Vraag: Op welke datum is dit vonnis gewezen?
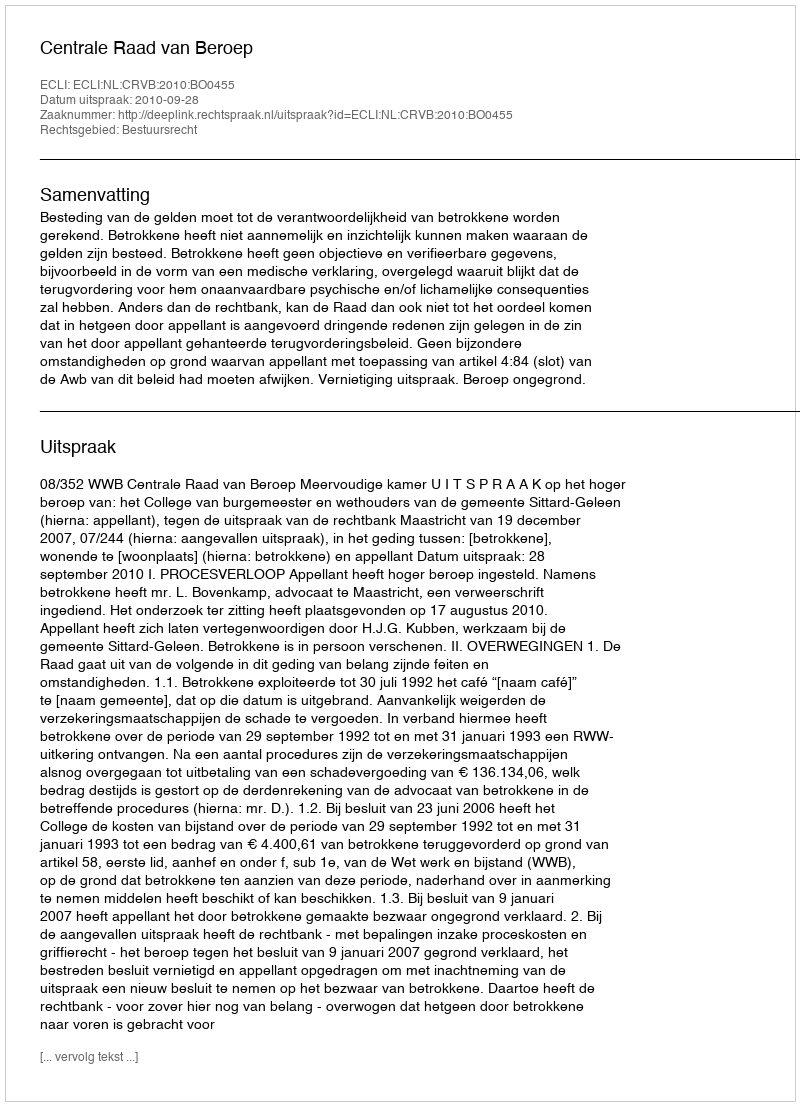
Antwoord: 2010-09-28